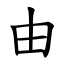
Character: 由